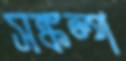
সঙ্কল্প